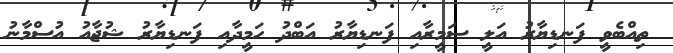
ތިއްބެވީ ފަނޑިޔާރު އަލީ ސަމީރާއި ފަނޑިޔާރު އަބްދު ހަމީދާއި ފަނޑިިޔާރު ޝުޖާއު އުސްމާނު